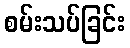
စမ်းသပ်ခြင်း